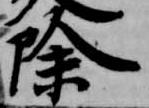
除